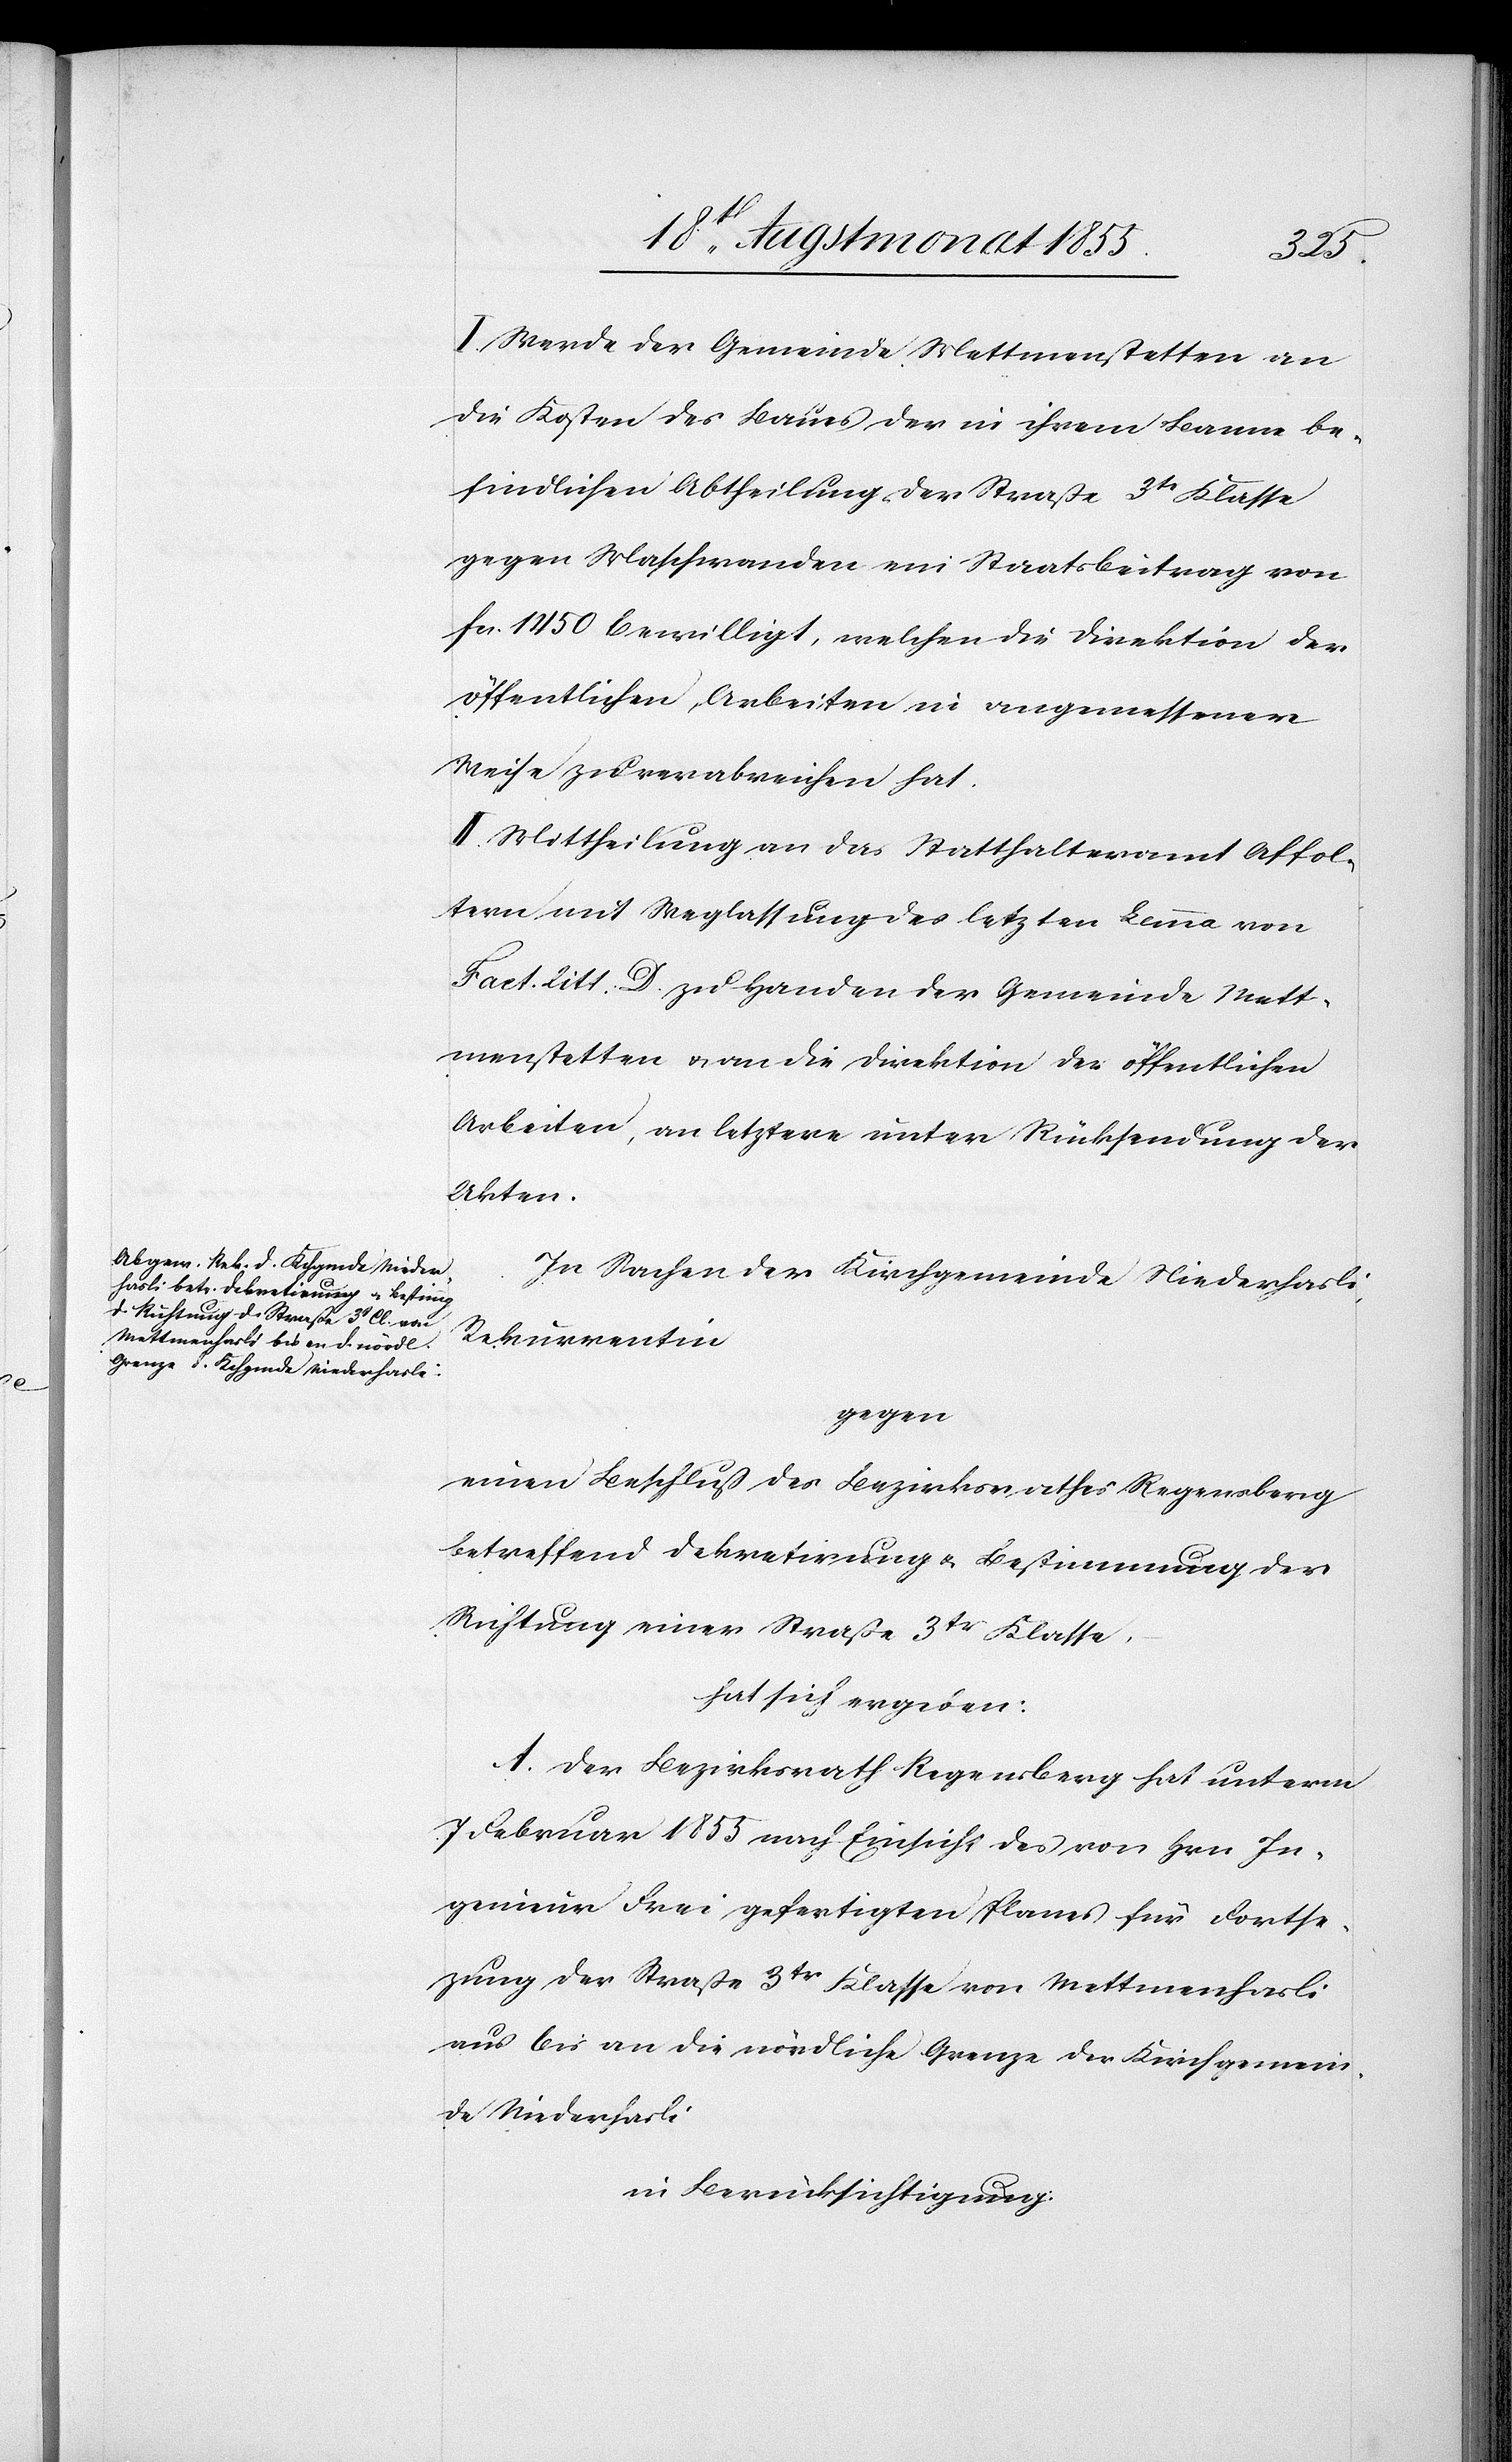
I. Werde der Gemeinde Mettmenstetten an
die Kosten des Baues der in ihrem Banne be¬
findlichen Abtheilung der Straße 3tr Klasse
gegen Maschwanden ein Staatsbeitrag von
Fcs. 1450 bewilligt, welchen die Direktion der
öffentlichen Arbeiten in angemessener
Weise zu verabreichen hat.
II. Mittheilung an das Statthalteramt Affol¬
tern mit Weglassung des letzten Lemma von
Fact. litt. D. zu Handen der Gemeinde Mett¬
menstetten & an die Direktion der öffentlichen
Arbeiten, an letztere unter Rücksendung der
Akten.
In Sachen der Kirchgemeinde Niederhasli,
Rekurrentin
gegen
einen Beschluß des Bezirksrathes Regensberg
betreffend Dekretirung & Bestimmung der
Richtung einer Straße 3tr Klasse,
hat sich ergeben:
A. Der Bezirksrath Regensberg hat unterm
7 Februar 1855 nach Einsicht des von Hrn. In¬
genieur Frei gefertigten Planes für Fortse¬
zung der Straße 3tr Klasse von Mettmenhasli
aus bis an die nördliche Grenze der Kirchgemein¬
de Niederhasli
in Berücksichtigung: